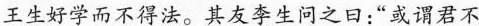
王生好学而不得法。其友李生问之曰：“或谓君不